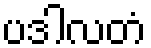
ပဒါလတံ